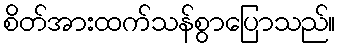
စိတ်အားထက်သန်စွာပြောသည်။